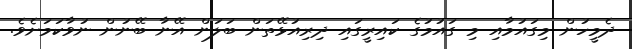
ދެމީހުން މިގައުމާއި މި ގައުމުގެ ކައިރީގައި ދިރިއުޅޭތަން ބަލަން އޭނާ ބޭނުން ނުވާކަމަށެވެ.